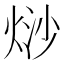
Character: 𭴲